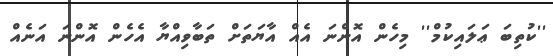
''ކުތިބަ ޢަލައިކުމް'' މިހެން އޮންނަ އެއް އާޔަތަށް ތަބާވިއްޔާ އެހެން އޮންނަ އަނެއް